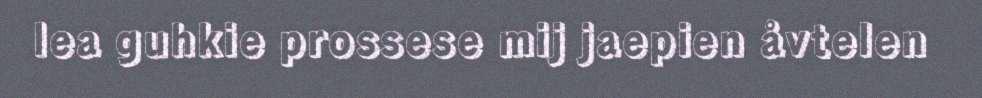
lea guhkie prossese mij jaepien åvtelen